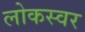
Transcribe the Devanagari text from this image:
लोकस्वर